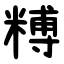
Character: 糐